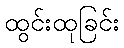
ထွင်းထုခြင်း